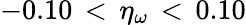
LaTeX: -0.10\, <\, \eta_{\omega}\, <\, 0.10